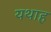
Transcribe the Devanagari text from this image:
यथाह